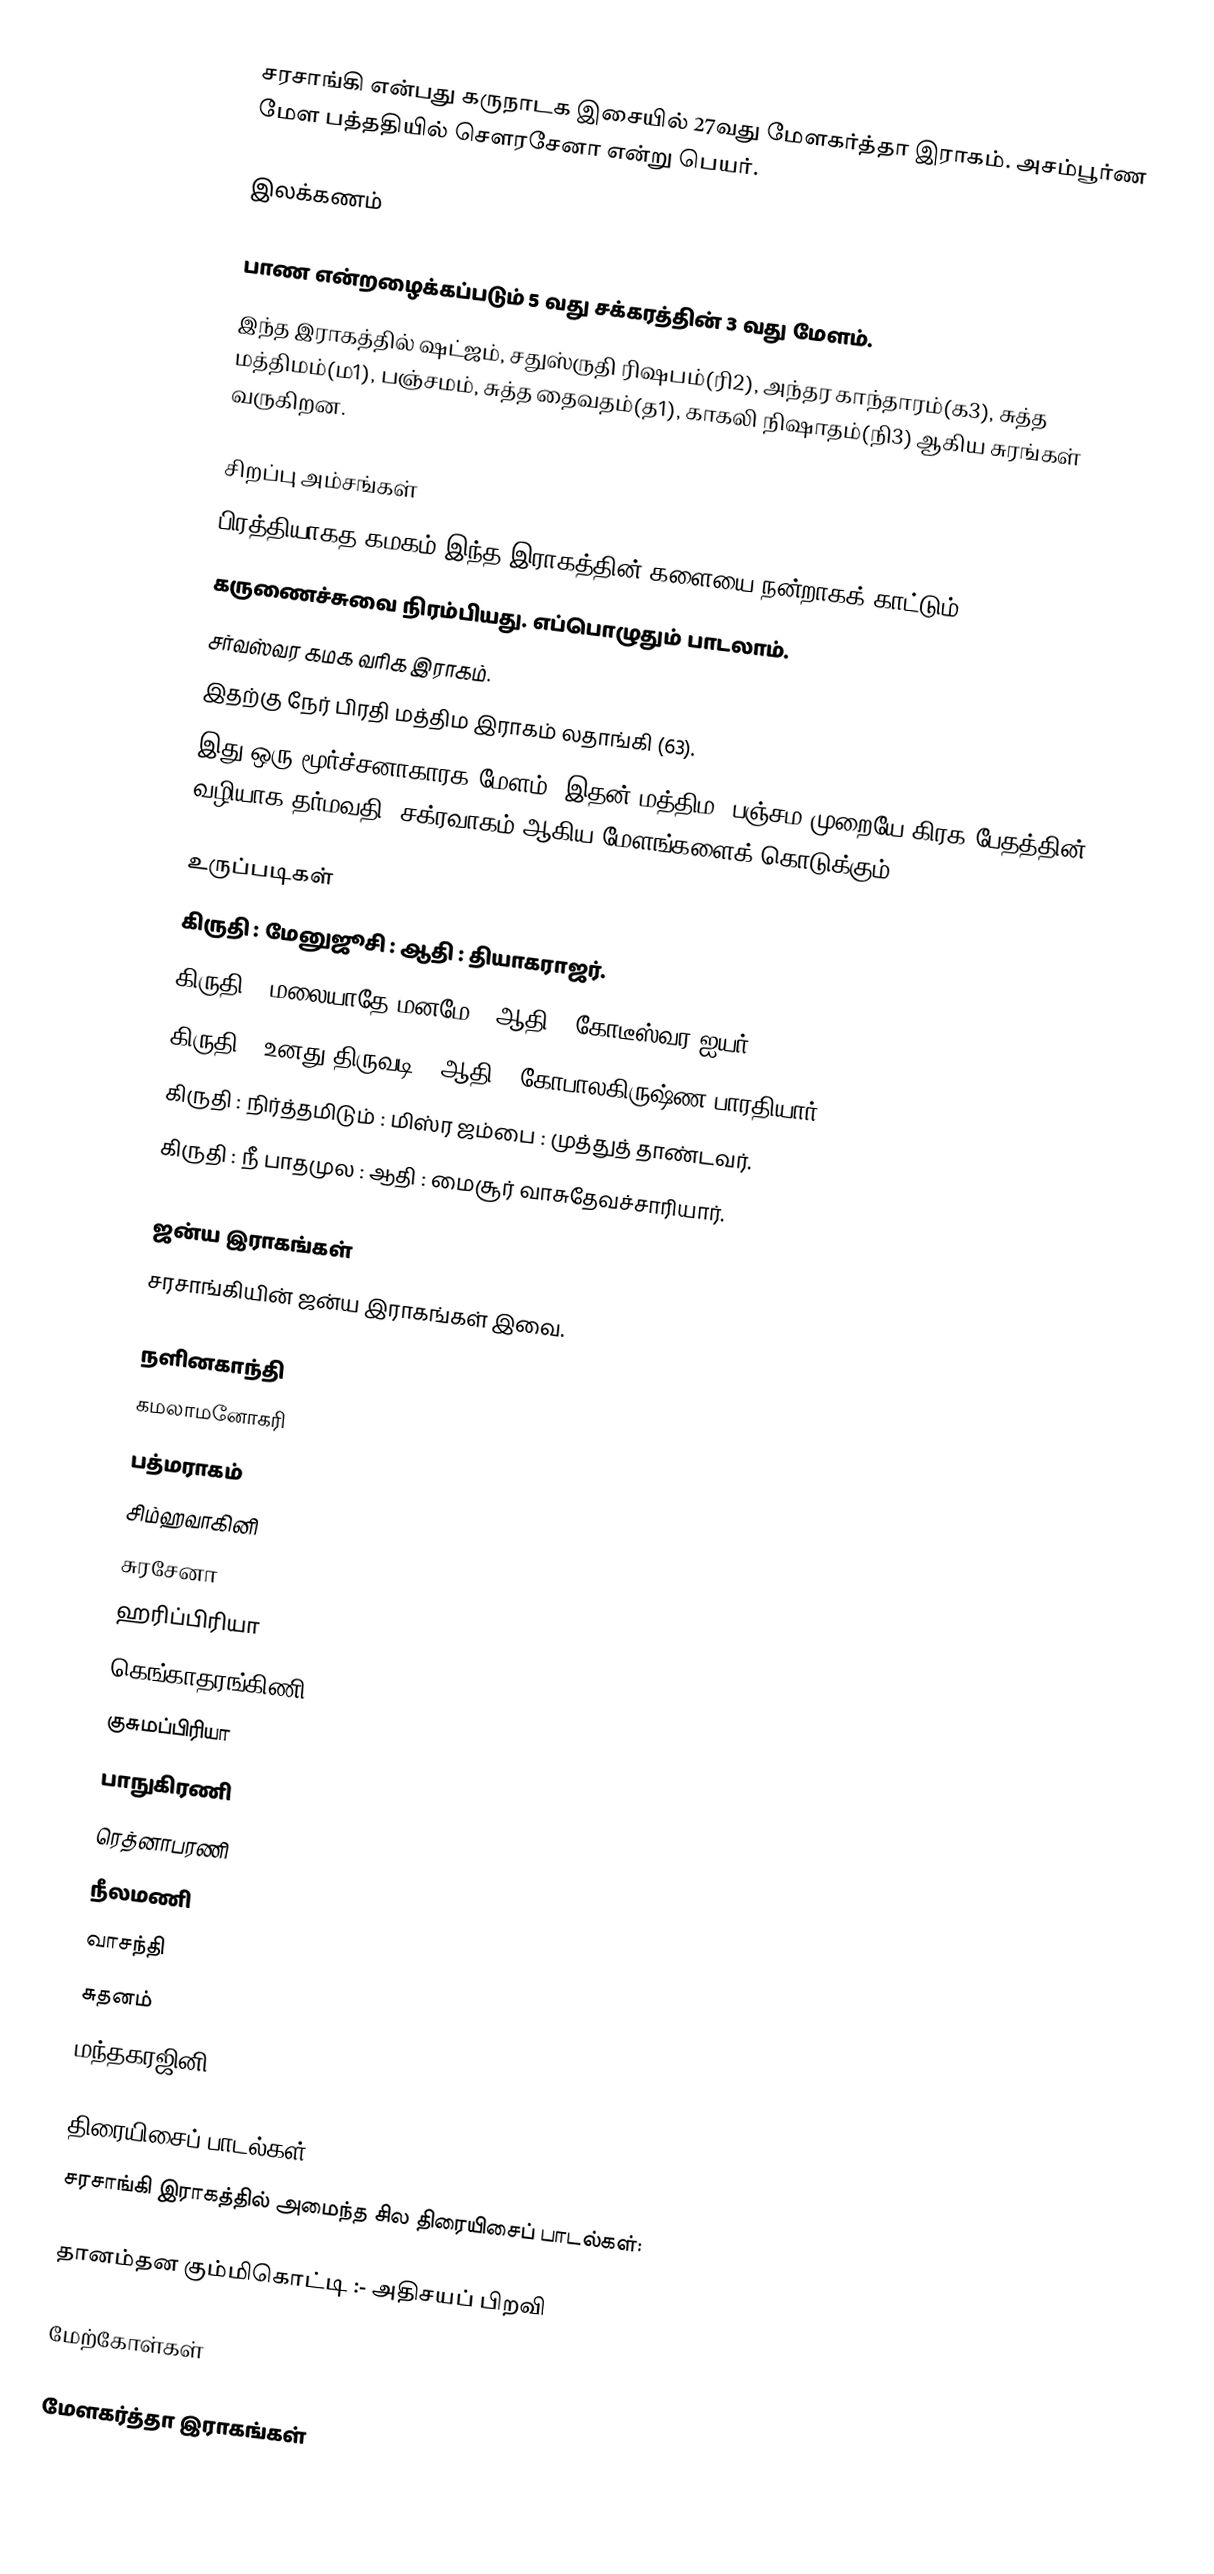
சரசாங்கி என்பது கருநாடக இசையில் 27வது மேளகர்த்தா இராகம். அசம்பூர்ண மேள பத்ததியில் சௌரசேனா என்று பெயர்.

இலக்கணம்

 பாண என்றழைக்கப்படும் 5 வது சக்கரத்தின் 3 வது மேளம்.
 இந்த இராகத்தில் ஷட்ஜம், சதுஸ்ருதி ரிஷபம்(ரி2), அந்தர காந்தாரம்(க3), சுத்த மத்திமம்(ம1), பஞ்சமம், சுத்த தைவதம்(த1), காகலி நிஷாதம்(நி3) ஆகிய சுரங்கள் வருகிறன.

சிறப்பு அம்சங்கள்
 பிரத்தியாகத கமகம் இந்த இராகத்தின் களையை நன்றாகக் காட்டும்.
 கருணைச்சுவை நிரம்பியது. எப்பொழுதும் பாடலாம்.
 சர்வஸ்வர கமக வரிக இராகம்.
 இதற்கு நேர் பிரதி மத்திம இராகம் லதாங்கி (63).
 இது ஒரு மூர்ச்சனாகாரக மேளம்.  இதன் மத்திம, பஞ்சம முறையே கிரக பேதத்தின் வழியாக தர்மவதி, சக்ரவாகம் ஆகிய மேளங்களைக் கொடுக்கும்.

உருப்படிகள்
கிருதி	: மேனுஜூசி	: ஆதி		: தியாகராஜர்.
கிருதி		: மலையாதே மனமே	: ஆதி		: கோடீஸ்வர ஐயர்.
கிருதி		: உனது திருவடி		: ஆதி		: கோபாலகிருஷ்ண பாரதியார்.
கிருதி		: நிர்த்தமிடும்		: மிஸ்ர ஜம்பை	: முத்துத் தாண்டவர்.
கிருதி		: நீ பாதமுல	: ஆதி		: மைசூர் வாசுதேவச்சாரியார்.

ஜன்ய இராகங்கள்
சரசாங்கியின் ஜன்ய இராகங்கள் இவை.

 நளினகாந்தி
 கமலாமனோகரி
 பத்மராகம்
 சிம்ஹவாகினி
 சுரசேனா
 ஹரிப்பிரியா
 கெங்காதரங்கிணி
 குசுமப்பிரியா
 பாநுகிரணி
 ரெத்னாபரணி
 நீலமணி
 வாசந்தி
 சுதனம்
 மந்தகரஜினி

திரையிசைப் பாடல்கள்
சரசாங்கி இராகத்தில் அமைந்த சில திரையிசைப் பாடல்கள்:

 தானம்தன கும்மிகொட்டி :- அதிசயப் பிறவி

மேற்கோள்கள்

மேளகர்த்தா இராகங்கள்